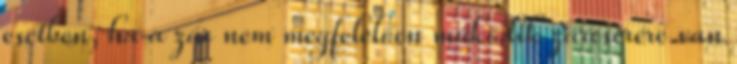
esetben, ha a zár nem megfelelően működik zárcserére van